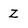
Character: Z